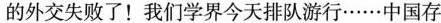
的外交失败了！我们学界今天排队游行……中国存